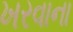
ખરવાના